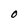
Character: 0